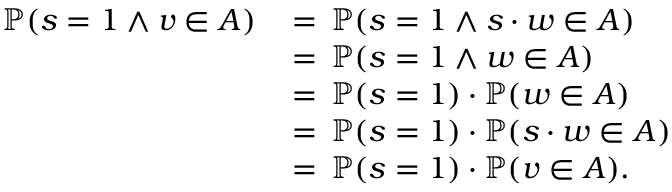
\begin{array} { r l } { \mathbb { P } ( s = 1 \wedge v \in A ) } & { \, = \, \mathbb { P } ( s = 1 \wedge s \cdot w \in A ) } \\ & { \, = \, \mathbb { P } ( s = 1 \wedge w \in A ) } \\ & { \, = \, \mathbb { P } ( s = 1 ) \cdot \mathbb { P } ( w \in A ) } \\ & { \, = \, \mathbb { P } ( s = 1 ) \cdot \mathbb { P } ( s \cdot w \in A ) } \\ & { \, = \, \mathbb { P } ( s = 1 ) \cdot \mathbb { P } ( v \in A ) . } \end{array}